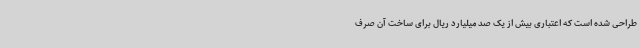
طراحی شده است که اعتباری بیش از یک صد میلیارد ریال برای ساخت آن صرف